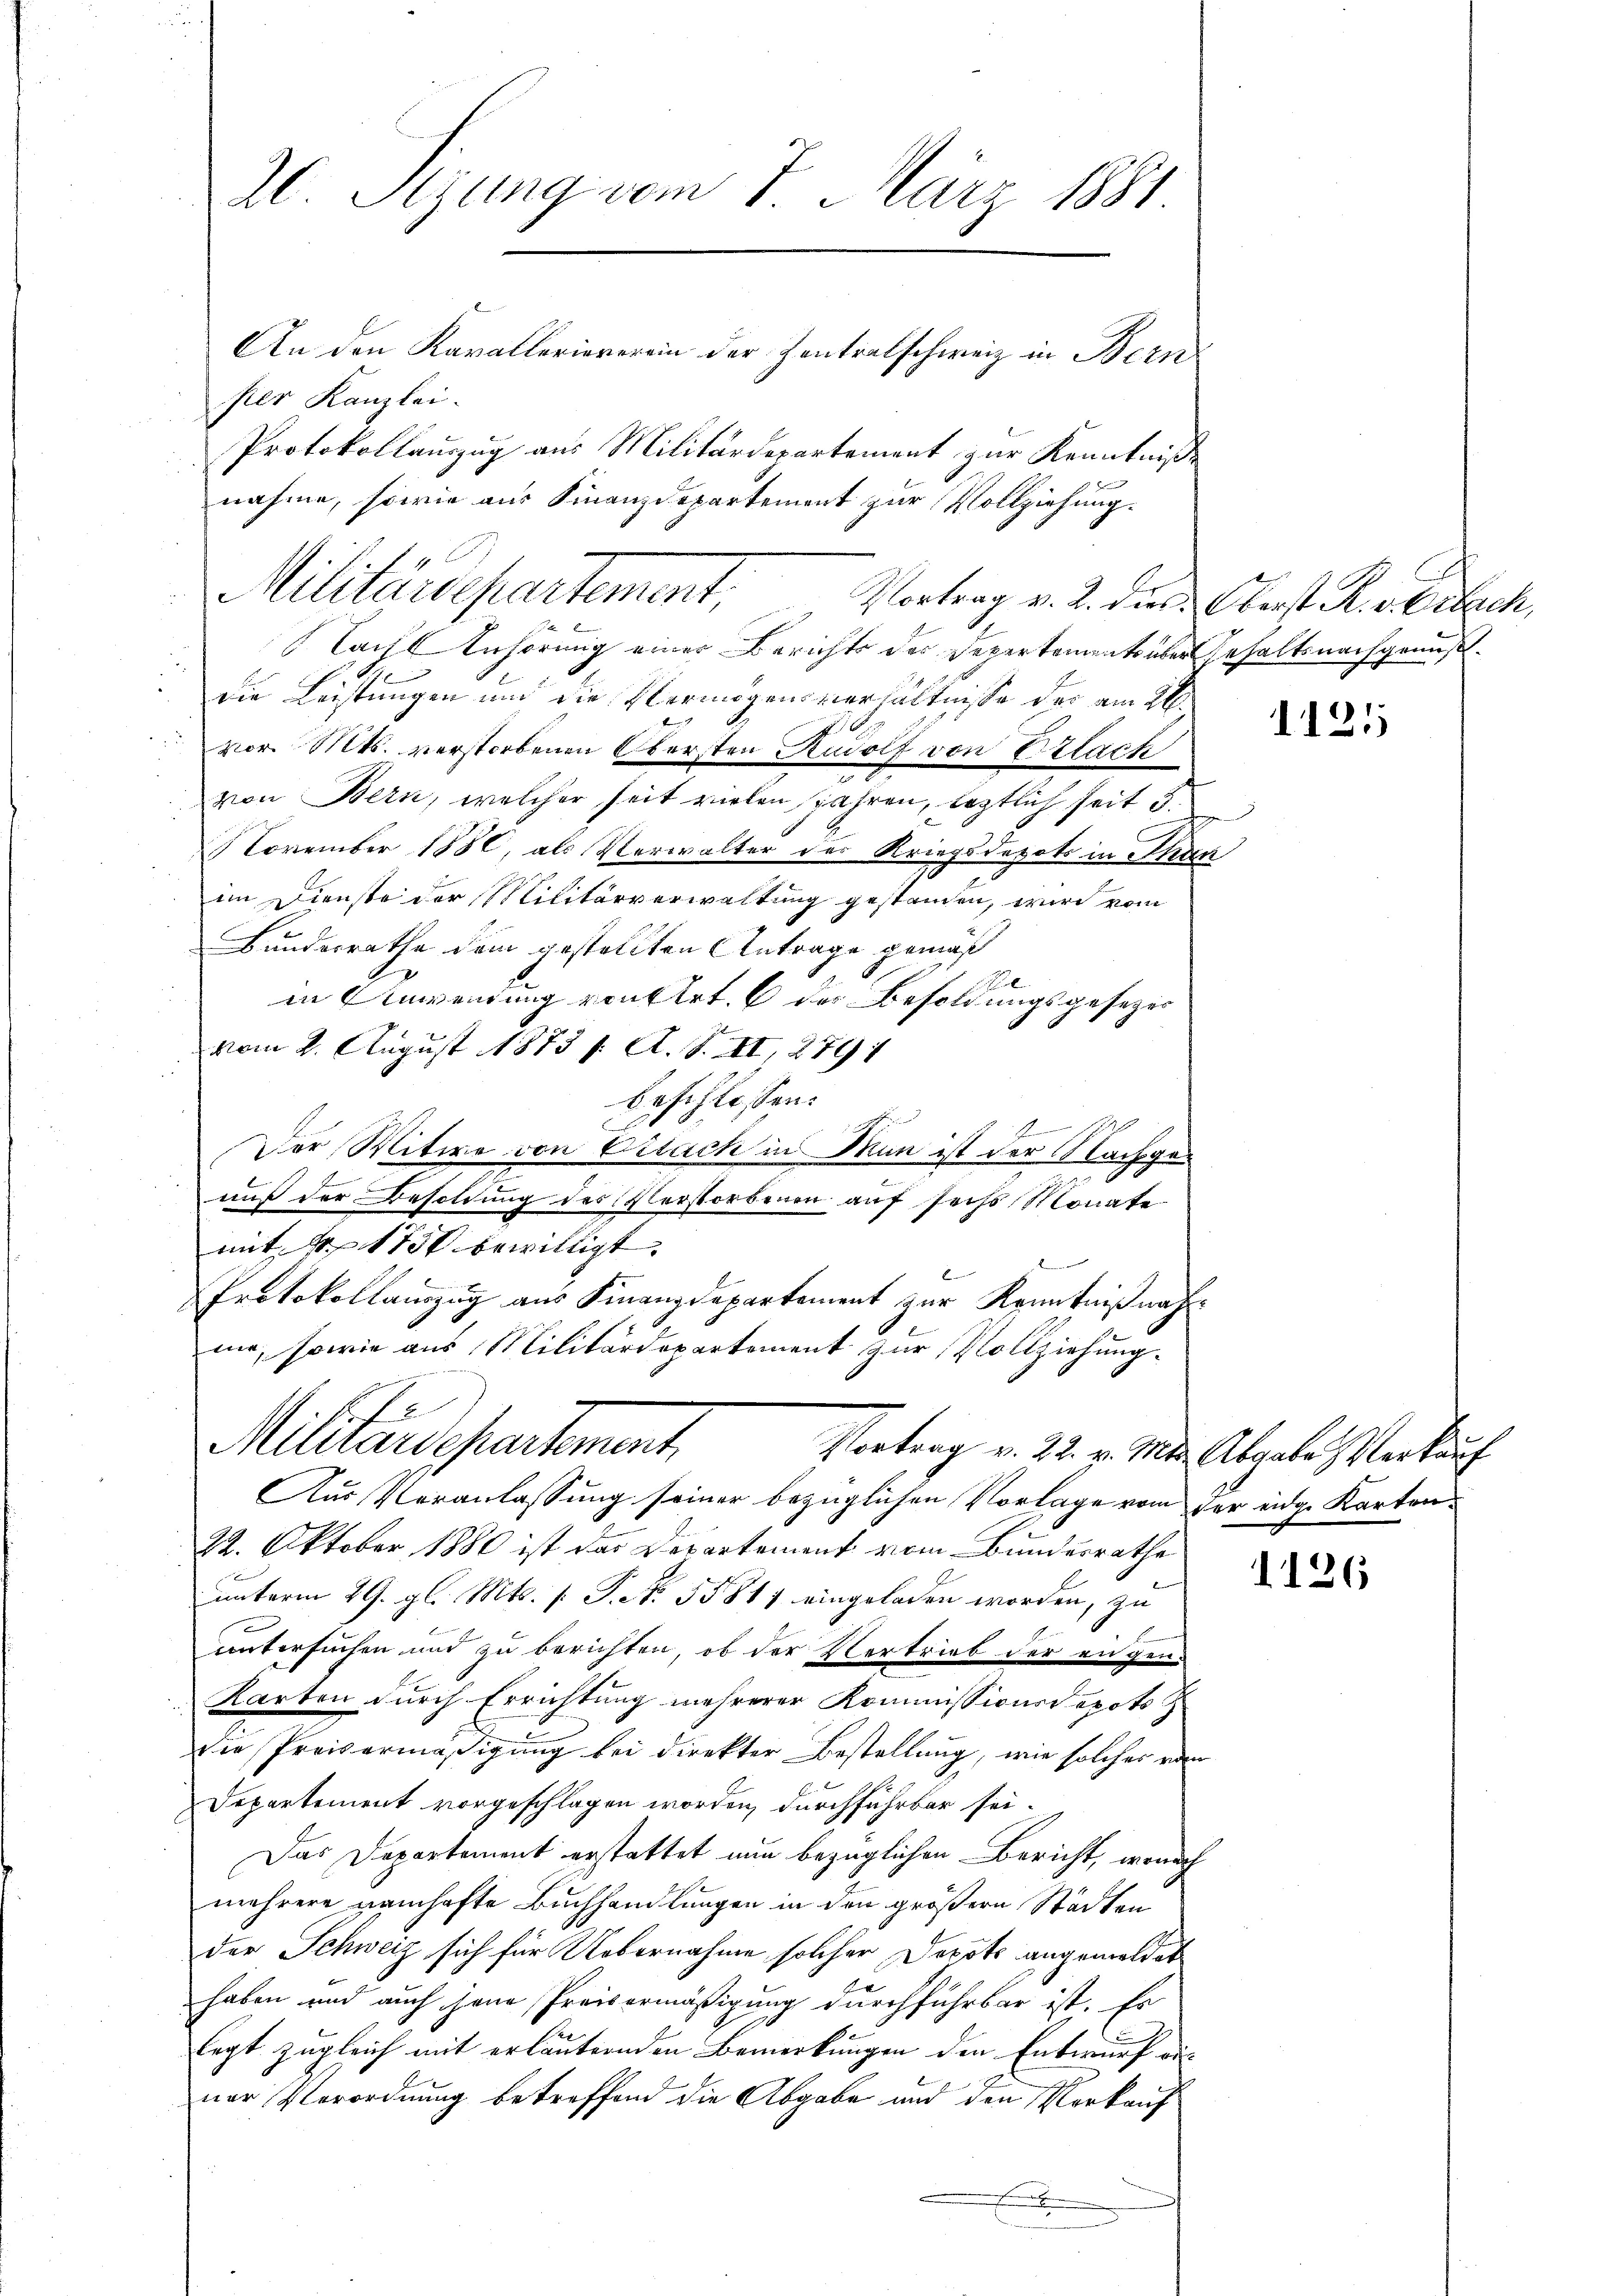
20 Stzung vom 7. März 1881.
An den Kavallerieverein der Zentralschweiz in Bern

per Kanzlei.
Lach Anhörung einer Berichts der Depertement über Gehalts nachgenuß.
die Leistungen und die Vermögensverhältnisse der am 26.
vor. Mts. verstorbenen Obersten Rudolf von Erlach
von Bern, welcher seit vielen Jahren, leztlich seit 5.
November 1880, als Verwalter der Kriegsdepots in Thun
im Dienste der Militärverwaltung gestanden, wird vom
Bundesrathe dem gestellten Antrage gemäß
in Anwendung vonsert. 6 der Besoldungsgesezes
vom 2. August 1883 (: A. S. II, 2791
beschlossen:
.
2
Der Witwe von Erlach in Man ist der Machgeauß der Besoldung des Verstorbenen auf sechs Monate
mit Fr. 1750 bewilligt.
Protokollauszug aus Finanzdepartement zur Kenntnißnahmir, sowie aus Militärdepartement zur Vollziehung.
E
Militärdepartement
Vortrag v. 22. v. Mts. Abgabe Verkauf
Aus Veranlassung seiner bezüglichen Vorlage vom der eidge Karton¬
22. Oktober 1880 ist das Departement vom Bundesrathe
unterm 29. gl. Mts. f. P. Nr. 55811 eingeladen worden, zu
untersuchen und zu berichten, ob der Vertrieb der engen.
Karten durch Errichtung mehrerer Kommissionsdepots
die Preisermäßigung bei direkter Bestellung, wie solches von
Departement vorgeschlagen worden, durchführbar sei-
Das Departement erstattet nun bezüglichen Bericht, wonach
mehrere namhafte Buchhandlungen in den größern Städten
der Schweiz sich für Uebernahme solcher Depots angemeldet
haben und auch jene Preisermäßigung durchführbar ist. Es
legt zugleich mit erläuternden Bemerkungen den Entwurf des
ner Verordnung betreffend die Abgabe und den Verkauf
.

Protokollauszug aus Militärdepartement zur Kenntniße
nahme, sowie aus Finanzdepartement zur Vollziehung.

1
Militärdepartement

Vortrag v. 2. dies Oberst R. v. Gibach,

1121

1126